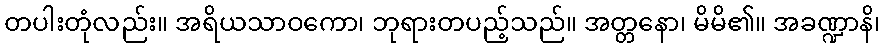
တပါးတုံလည်း။ အရိယသာဝကော၊ ဘုရားတပည့်သည်။ အတ္တနော၊ မိမိ၏။ အခဏ္ဍာနိ၊